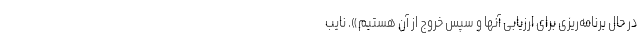
در حال برنامه‌ریزی برای ارزیابی آنها و سپس خروج از آن هستیم». نایب